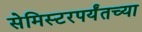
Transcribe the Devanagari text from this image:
सेमिस्टरपर्यंतच्या